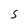
Character: 5